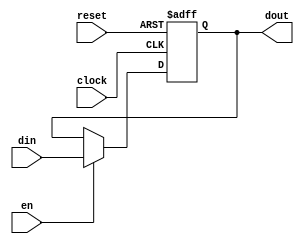
module reg8( input [7:0] din , input reset ,input en, input clock , output [7:0] dout );

reg  [7:0] dff_out;
wire  [7:0] dff_in;



//sequential logic circuit
always @(posedge clock , posedge reset)
begin
    if(reset)
        dff_out<=0;
    else
        dff_out<=dff_in;
end


// combinational logic circuit

//input logic of DFF
assign dff_in = en ? din : dff_out;

//output logic of DFF
assign dout = dff_out;




endmodule

`timescale  1ns/1ps


module reg8_tb;
reg [7:0] din ;
reg reset;
reg en; 
reg clk ;
wire [7:0] dout;

reg8 dip( din, reset , en ,clk, dout );


always 
begin
    clk=~clk;
    #10;
end


initial 
begin
    clk<=0;
    reset<=1;
    en<=0;

    din<=8'b01010100;          #20;
    
    reset<= 0;
    en<=1;
    
    din<=8'b11110100;          #20;
    din<=8'b01010111;          #20;  

    $finish;
end



initial 
begin
    $monitor("clk=%b r=%b en=%b  din=%b    dout=%b\n",clk,reset,en,din,dout);
end


endmodule